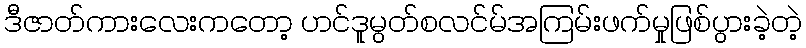
ဒီဇာတ်ကားလေးကတော့ ဟင်ဒူမွတ်စလင်မ်အကြမ်းဖက်မှုဖြစ်ပွားခဲ့တဲ့